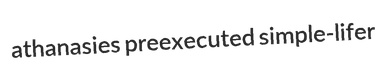
athanasies preexecuted simple-lifer